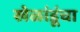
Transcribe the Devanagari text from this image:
खेळांडूंचा